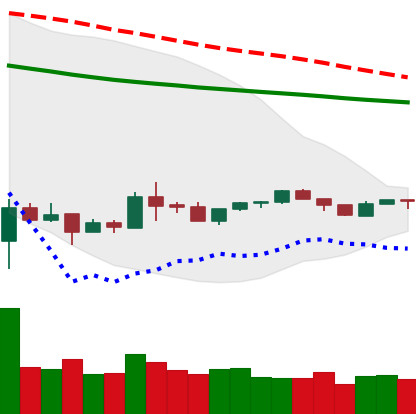
Ticker: XLM-USD
Chart end date: 2020-04-01
Forward return: 21.212%
Label: up_7plus